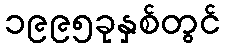
၁၉၉၅ခုနှစ်တွင်